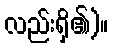
လည်းရှိ၏)။